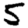
Digit: 5